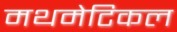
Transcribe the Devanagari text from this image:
मथमेटिकल